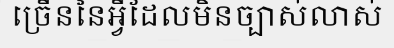
ច្រើននៃអ្វីដែលមិនច្បាស់លាស់